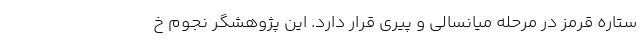
ستاره قرمز در مرحله میانسالی و پیری قرار دارد. این پژوهشگر نجوم خ